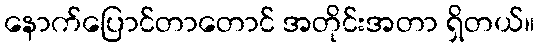
နောက်ပြောင်တာတောင် အတိုင်းအတာ ရှိတယ်။